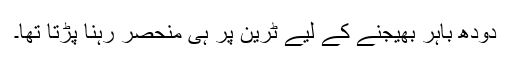
دودھ باہر بھیجنے کے لیے ٹرین پر ہی منحصر رہنا پڑتا تھا۔